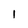
Character: 1